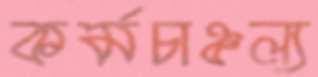
কর্মচাঞ্চল্য